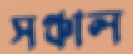
সঞ্চাল